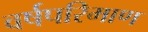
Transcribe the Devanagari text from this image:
वर्षपरिमाण